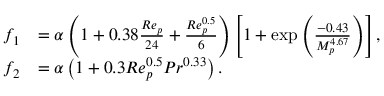
\begin{array} { r l } { f _ { 1 } } & { = \alpha \left( 1 + 0 . 3 8 \frac { R e _ { p } } { 2 4 } + \frac { R e _ { p } ^ { 0 . 5 } } { 6 } \right) \left[ 1 + \exp \left( \frac { - 0 . 4 3 } { M _ { p } ^ { 4 . 6 7 } } \right) \right] , } \\ { f _ { 2 } } & { = \alpha \left( 1 + 0 . 3 R e _ { p } ^ { 0 . 5 } P r ^ { 0 . 3 3 } \right) . } \end{array}